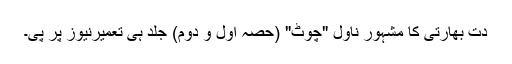
دت بھارتی کا مشہور ناول "چوٹ" (حصہ اول و دوم) جلد ہی تعمیرنیوز پر پی۔